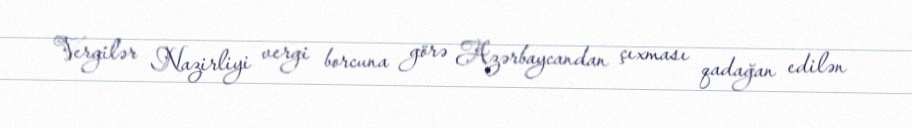
Vergilər Nazirliyi vergi borcuna görə Azərbaycandan çıxması qadağan edilən